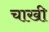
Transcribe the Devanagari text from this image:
चाखी